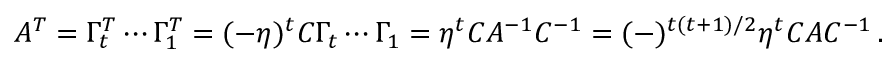
A ^ { T } = \Gamma _ { t } ^ { T } \cdots \Gamma _ { 1 } ^ { T } = ( - \eta ) ^ { t } { \cal C } \Gamma _ { t } \cdots \Gamma _ { 1 } = \eta ^ { t } { \cal C } A ^ { - 1 } { \cal C } ^ { - 1 } = ( - ) ^ { t ( t + 1 ) / 2 } \eta ^ { t } { \cal C } A { \cal C } ^ { - 1 } \, .